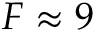
F \approx 9